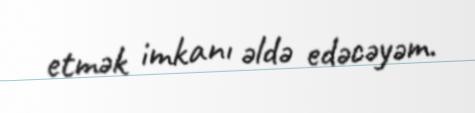
etmək imkanı əldə edəcəyəm.